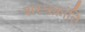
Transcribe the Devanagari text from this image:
शस्त्रक्रांति